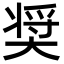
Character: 奨